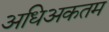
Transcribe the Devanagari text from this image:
अधिअकतम